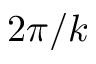
2 \pi / k